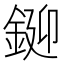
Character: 𨧞